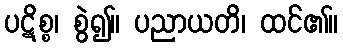
ပဋိစ္စ၊ စွဲ၍။ ပညာယတိ၊ ထင်၏။